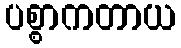
ပစ္စာကတာယ